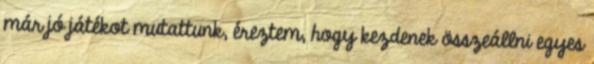
már jó játékot mutattunk, éreztem, hogy kezdenek összeállni egyes